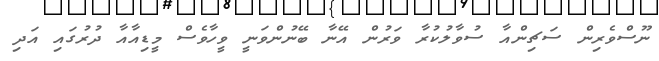
ނޫސްވެރިން ސަޗިންއާ ސުވާލުކުރާ ވަރުން އޭނާ ބޭނުންވަނީ ވީހާވެސް މީޑިއާއާ ދުރުގައި އަދި